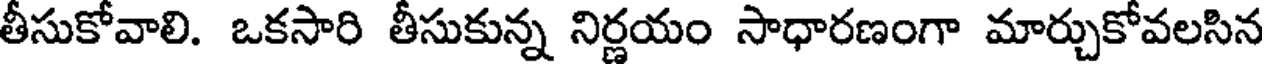
తీసుకోవాలి. ఒకసారి తీసుకున్న నిర్ణయం సాధారణంగా మార్చుకోవలసిన